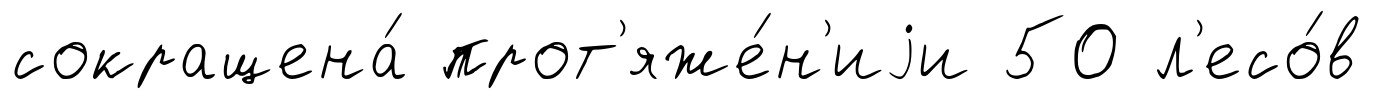
сокращена́ прот'яже́н'иjи 50 л'есо́в